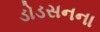
ડોડસનના